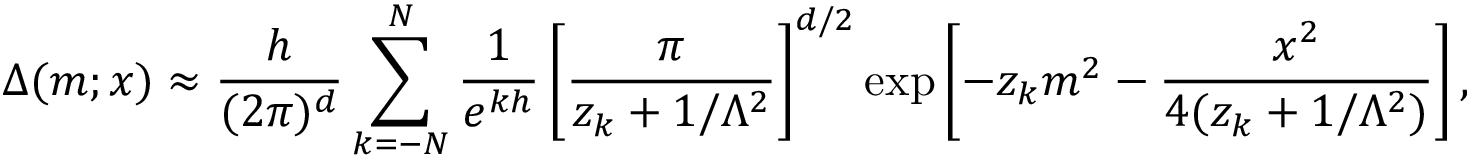
\Delta ( m ; x ) \approx \frac { h } { ( 2 \pi ) ^ { d } } \sum _ { k = - N } ^ { N } \frac { 1 } { e ^ { k h } } \left[ \frac { \pi } { z _ { k } + 1 / \Lambda ^ { 2 } } \right] ^ { d / 2 } \exp \left[ - z _ { k } m ^ { 2 } - \frac { x ^ { 2 } } { 4 ( z _ { k } + 1 / \Lambda ^ { 2 } ) } \right] ,